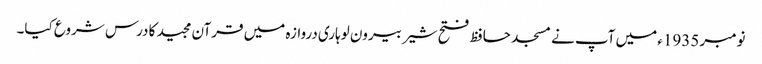
نومبر 1935ء میں آپ نے مسجد حافظ فتح شیر بیرون لوہاری دروازہ میں قرآن مجید کا درس شروع کیا۔